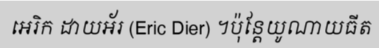
អេរិក ដាយអ័រ (Eric Dier) ។ប៉ុន្តែយូណាយធីត